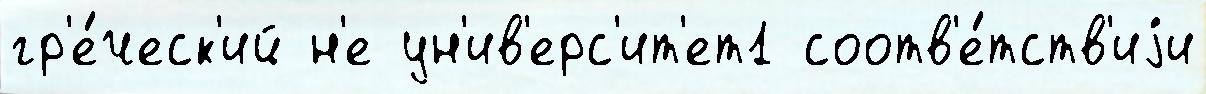
гр'е́ческ'ий н'е ун'ив'ерс'ит'ет1 соотв'е́тств'иjи